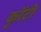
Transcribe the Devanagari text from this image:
कुरेंटी